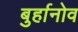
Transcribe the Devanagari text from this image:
बुर्हानोव